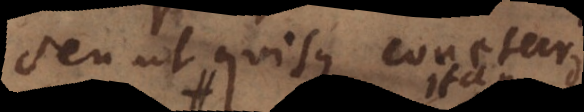
seu ut quisque conetur